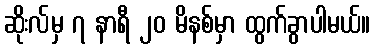
ဆိုးလ်မှ ၇ နာရီ ၂၀ မိနစ်မှာ ထွက်ခွာပါမယ်။